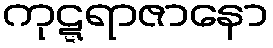
ကုဋ္ဋရာဇာနော